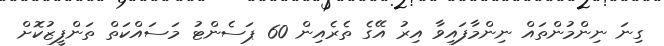
ގިނަ ނިންމުންތައް ނިންމާފައިވާ އިރު އޭގެ ތެރެއިން 60 ޕަސެންޓު މަސައްކަތް ތަންފީޒުކޮށް